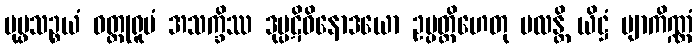
ပုပ္ဖသဉ္စယံ ဝတ္ထုရူပံ အသက္ခိဿ ဒုပ္ပဋိဝိနောဒယော ဥပ္ပတ္တိဟေတု ဗလန္တိ ယိဋ္ဌံ ဗျာကိဏ္ဏံ